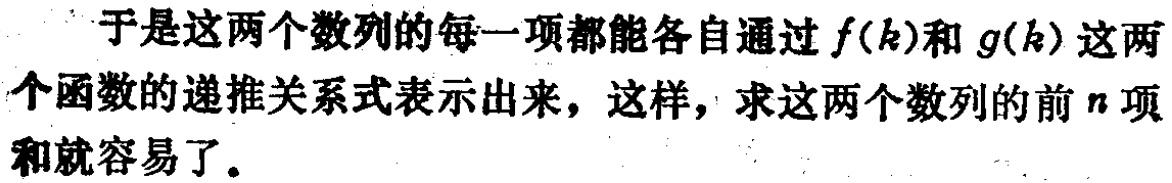
于是这两个数列的每一项都能各自通过\(f(k)\)和\(g(k)\)这两个函数的递推关系式表示出来，这样，求这两个数列的前\(n\)项和就容易了。